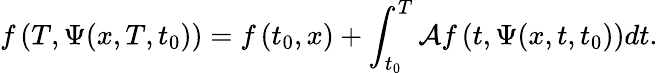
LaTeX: f\left(T,\Psi(x,T,t_{0})\right)=f\left(t_{0},x\right)+\int_{t_{0}}^{T}\mathcal{A}f\left(t,\Psi(x,t,t_{0})\right)dt.